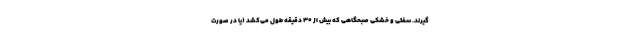
‌گیرند. سفتی و خشکی صبحگاهی که بیش از ۳۰ دقیقه طول می‌کشد (یا در صورت